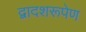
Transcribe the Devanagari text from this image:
द्वादशरूपेण